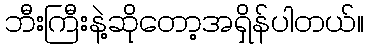
ဘီးကြီးနဲ့ဆိုတော့အရှိန်ပါတယ်။